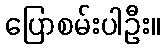
ပြောစမ်းပါဦး။